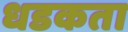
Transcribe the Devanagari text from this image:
धडकता